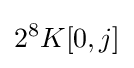
2^{8}K[0,j]